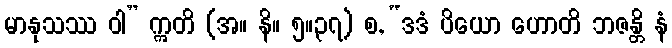
မာနုသဿ ဝါ” ဣတိ (အ။ နိ။ ၅။၃၇) စ, “ဒဒံ ပိယော ဟောတိ ဘဇန္တိ နံ